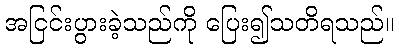
အငြင်းပွားခဲ့သည်ကို ပြေး၍သတိရသည်။